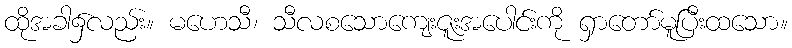
ထိုအခါ၌လည်း။ မဟေသီ၊ သီလစသောကျေးဇူးအပေါင်းကို ရှာတော်မူပြီးထသော။